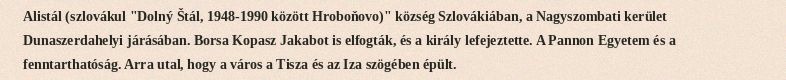
Alistál (szlovákul "Dolný Štál, 1948-1990 között Hroboňovo)" község Szlovákiában, a Nagyszombati kerület Dunaszerdahelyi járásában. Borsa Kopasz Jakabot is elfogták, és a király lefejeztette. A Pannon Egyetem és a fenntarthatóság. Arra utal, hogy a város a Tisza és az Iza szögében épült.